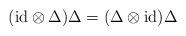
LaTeX: \begin{align*}( {\rm id} \otimes \Delta ) \Delta = ( \Delta \otimes {\rm id} )\Delta\end{align*}